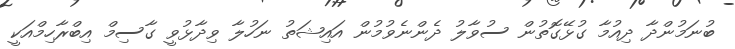
ބުނަމުންދާ ދިއުމާ ގުޅޭގޮތުން ސުވާލު ދެންނެވުމުން އައިޝަތު ނަހުލާ ވިދާޅުވީ ގާސިމް އިބްރާހިމްއަކީ